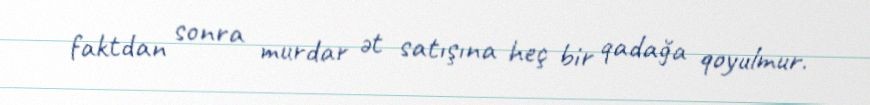
faktdan sonra murdar ət satışına heç bir qadağa qoyulmur.